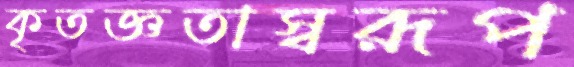
কৃতজ্ঞতাস্বরূপ